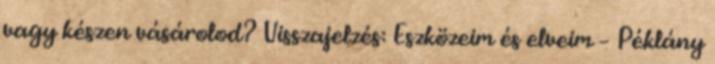
vagy készen vásárolod? Visszajelzés: Eszközeim és elveim – Péklány